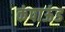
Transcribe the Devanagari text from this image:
कंपाऊंड